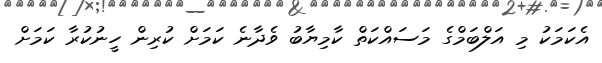
އެކަމަކު މި އަލްބަމްގެ މަސައްކަތް ކާމިޔާބު ވެދާނެ ކަމަށް ކުރިން ހީނުކުރާ ކަމަށް